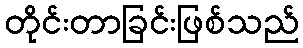
တိုင်းတာခြင်းဖြစ်သည်